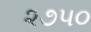
૨૭૫૦